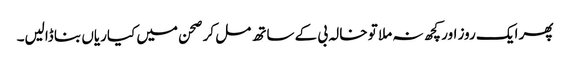
پھر ایک روز اور کچھ نہ ملا تو خالہ بی کے ساتھ مل کر صحن میں کیاریاں بنا ڈالیں۔